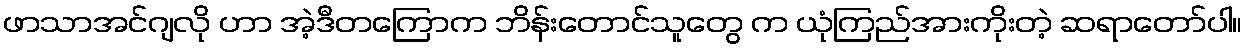
ဖာသာအင်ဂျလို ဟာ အဲ့ဒီတကြောက ဘိန်းတောင်သူတွေ က ယုံကြည်အားကိုးတဲ့ ဆရာတော်ပါ။